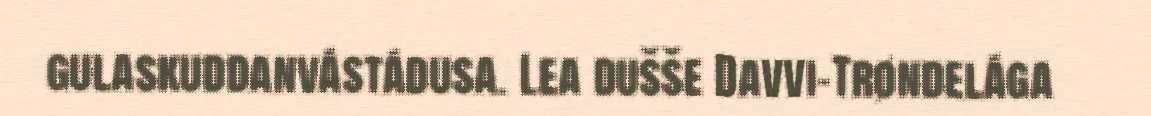
gulaskuddanvástádusa. Lea dušše Davvi-Trøndelága